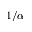
1 / \alpha